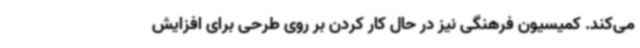
می‌کند. کمیسیون فرهنگی نیز در حال کار کردن بر روی طرحی برای افزایش